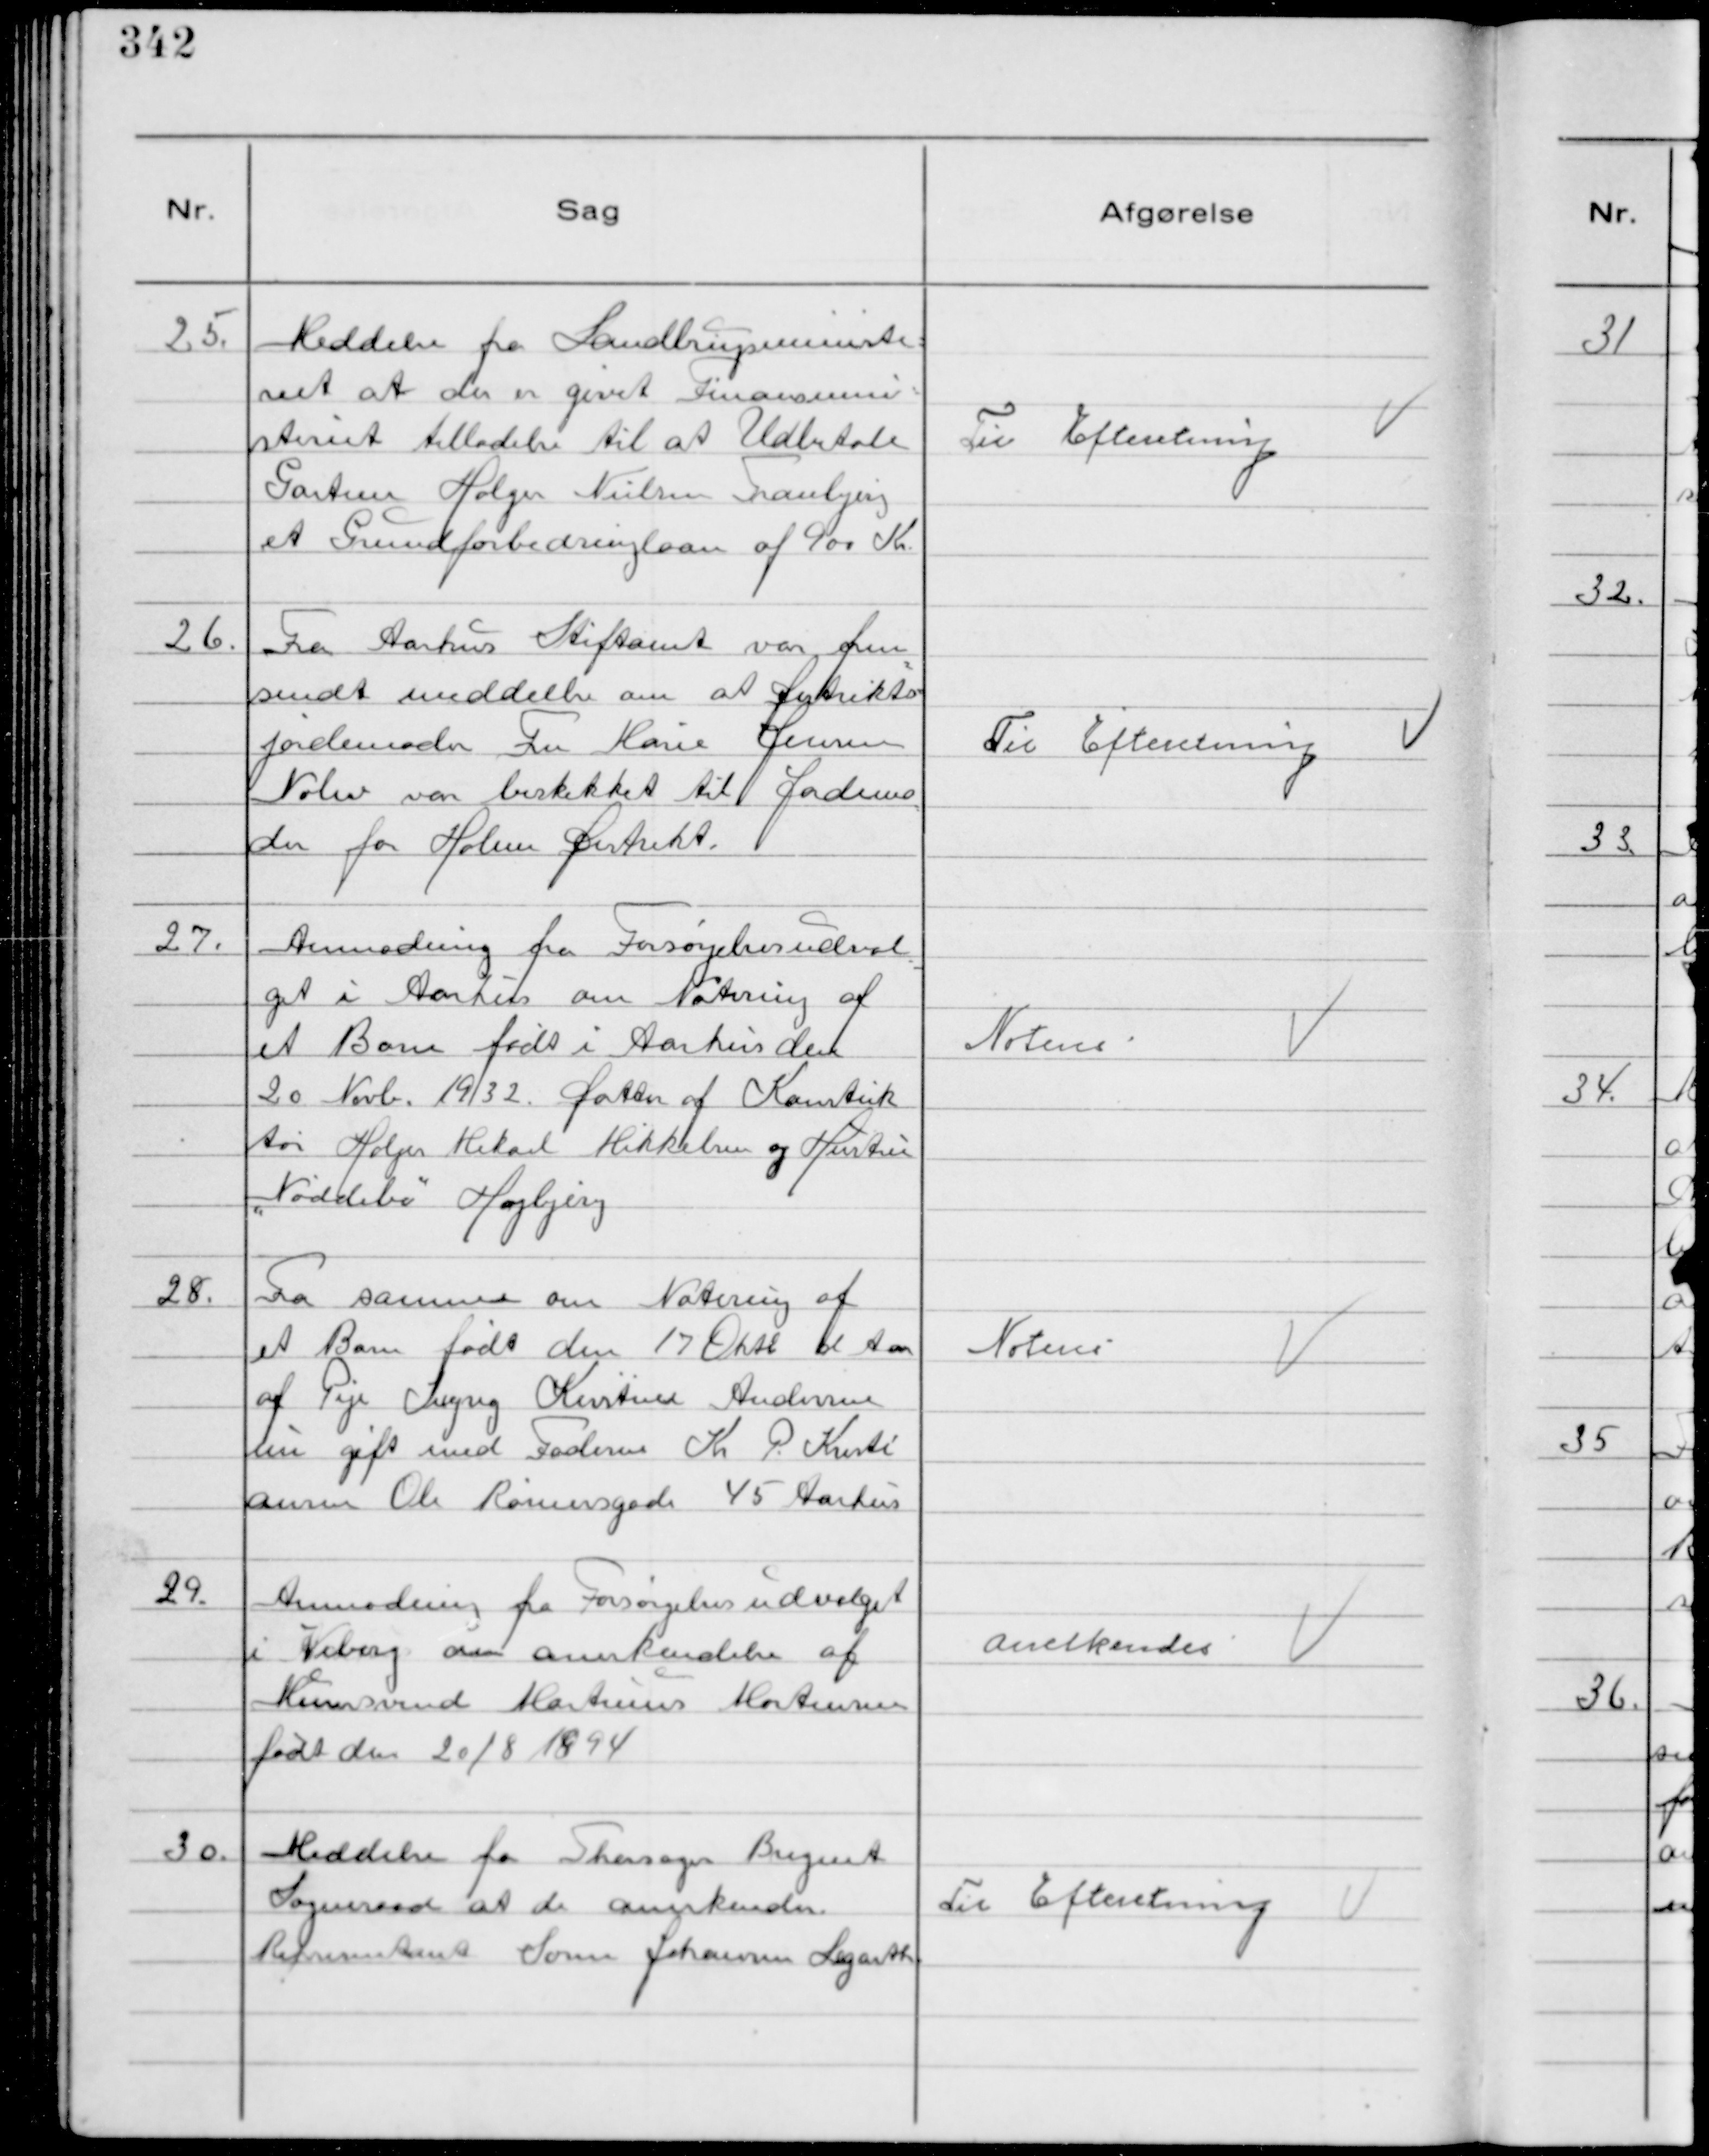
Transskription:
25.
Meddelse fra Landbrugsministe=
riet at der er givet Finansmini=
steriet tilladelse til at Udbetale
Gartner Holger Nielsen Tranbjerg
et Grundforbedringslaan af 900 Kr.

Til Efteretning

26.
Fra Aarhus Stiftamt var frem
=
sendt meddeelse om at Distrikts=
jordemoder Fru Marie Jensen
Nølev var beskikket til Jordemo
=
der for Holme Distrikt.

Til Efteretning

27.
Anmodning fra Forsørgelsesudval
=
get i Aarhus om Notering af
et Barn født i Aarhus den
20 Novb. 1932. Datter af Konstruk
tør Holger Mikael Mikkelsen og Hustru
"Nøddebo" Højbjerg

Noteres

28.
Fra samme om Notering af
et Barn født den 17 Oktb d Aar
af Pige Ingrig Kirstine Andersen
nu gift med Faderen Kr P. Kristi
ansen Ole Rømersgade 45 Aarhus

Noteres

29.
Anmodning fra Forsørgelsesudvalget
i Viborg om anerkendelse af
Murersvend Martinus Mortensen
født den 20/8 1894

Anerkendes

30.
Meddelse fra Thorsager Bregnet
Sogneraad at de anerkender
Representant Søren Johansen Legarth.

Til Efteretning